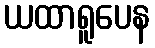
ယထာရူပေန